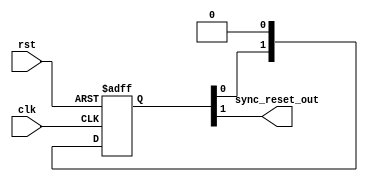
module sync_reset #(
    parameter N=2 // depth of synchronizer
)(
    input wire clk,
    input wire rst,
    output wire sync_reset_out
);

reg [N-1:0] sync_reg = {N{1'b1}};

assign sync_reset_out = sync_reg[N-1];

always @(posedge clk or posedge rst) begin
    if (rst)
        sync_reg <= {N{1'b1}};
    else
        sync_reg <= {sync_reg[N-2:0], 1'b0};
end

endmodule